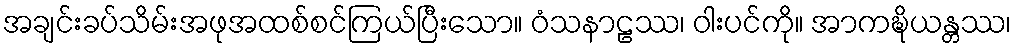
အချင်းခပ်သိမ်းအဖုအထစ်စင်ကြယ်ပြီးသော။ ဝံသနာဠဿ၊ ဝါးပင်ကို။ အာကဍ္ဎိယန္တဿ၊